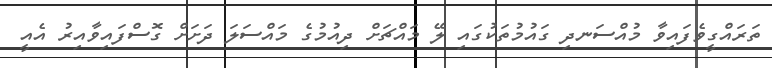
ތަރައްގީވެފައިވާ މުއްސަނދި ގައުމުތަކުގައި ލޭ މައްޗަށް ދިއުމުގެ މައްސަލަ ދަށަށް ގޮސްފައިވާއިރު އެއީ